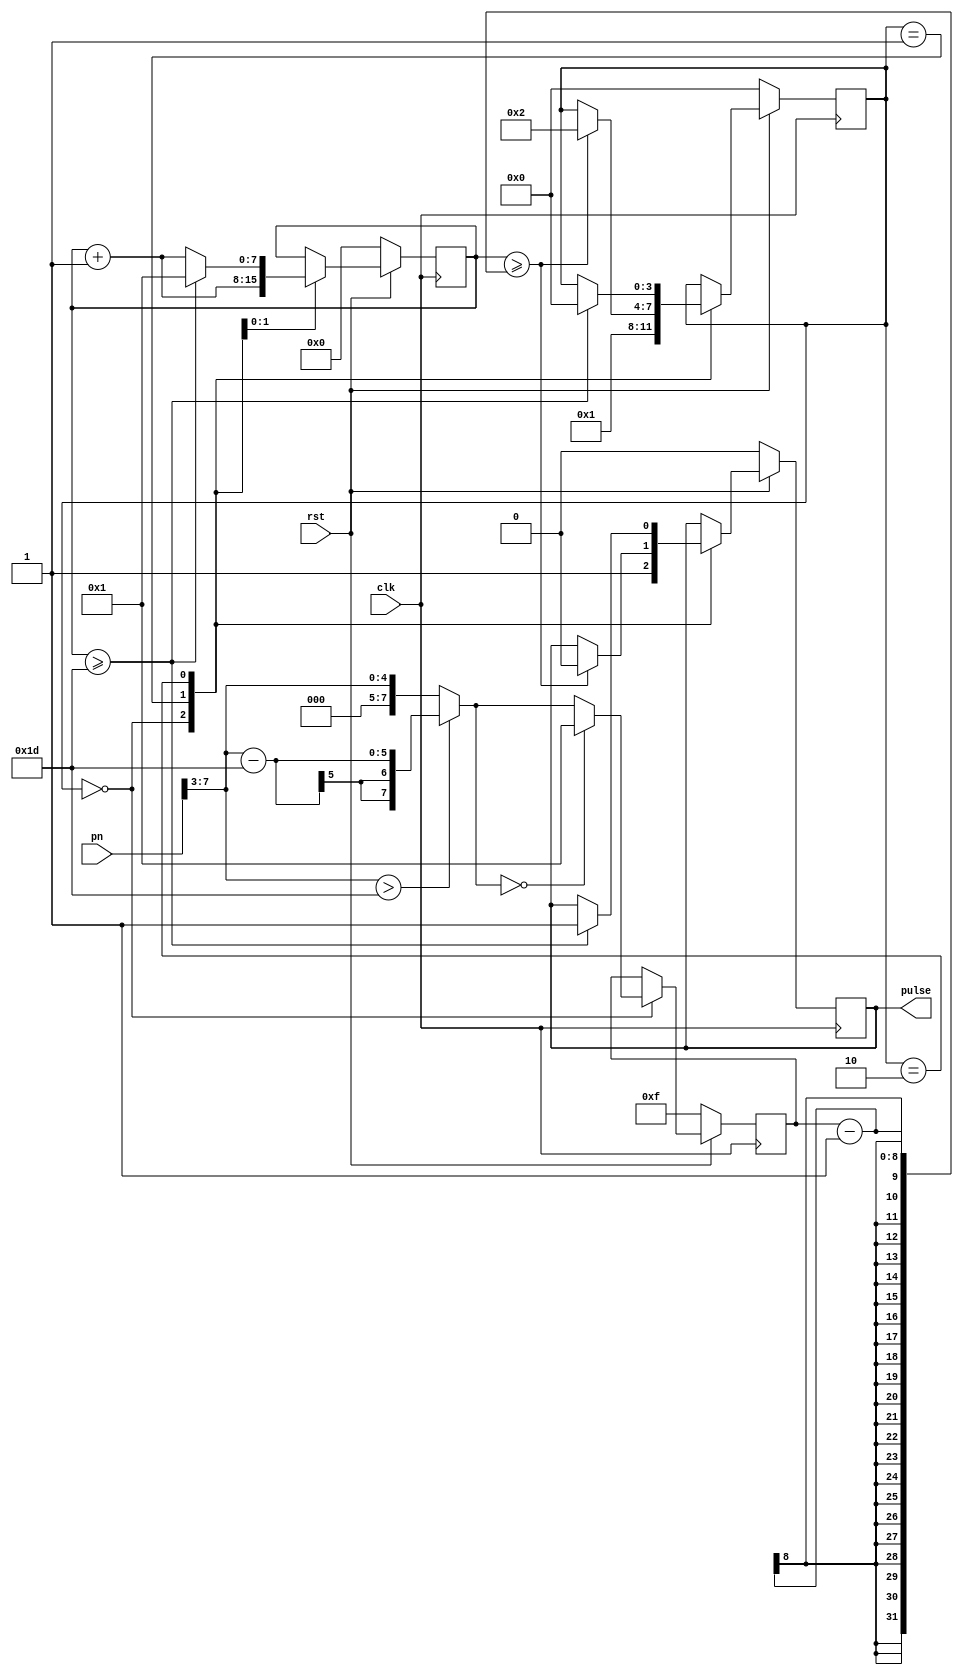
`timescale 1ns / 1ps


module Pulse3MGen
(
	input clk,
	input rst,
	input [7:0] pn,
	output pulse
);
	
	wire [7:0] pn_shift;
	wire [7:0] pn_adapt;
	wire [7:0] pn_comp;
	assign pn_shift = (pn >> 3);
	assign pn_adapt = (pn_shift > 29) ? (pn_shift - 29) : pn_shift;
	assign pn_comp = (pn_adapt == 0) ? 1 : pn_adapt;
	
	reg [7:0] positive_num = 0;
	
	reg [7:0] positive_count = 0;
	reg [3:0] state_cur = 0;
	reg pulse_reg = 0;
	assign pulse = pulse_reg;
	always @ (posedge clk) begin
		if(!rst) begin
			pulse_reg <= 0;
			positive_num <= 8'd15;
			positive_count <= 0;
			state_cur <= 0;
		end
		else begin
			case (state_cur) 
				0 : begin
					pulse_reg <= 1;
					positive_num <= pn_comp;
					state_cur <= 1;
				end
				1 : begin
					if(positive_count >= positive_num - 1) begin
						positive_count <= positive_count + 1;
						pulse_reg <= 0;
						state_cur <= 2;
					end
					else positive_count <= positive_count + 1;
				end
				2 : begin
					if(positive_count >= 29) begin
						positive_count <= 1;
						pulse_reg <= 1;
						state_cur <= 0;
					end
					else positive_count <= positive_count + 1;
				end
			endcase
		end	
	end

endmodule